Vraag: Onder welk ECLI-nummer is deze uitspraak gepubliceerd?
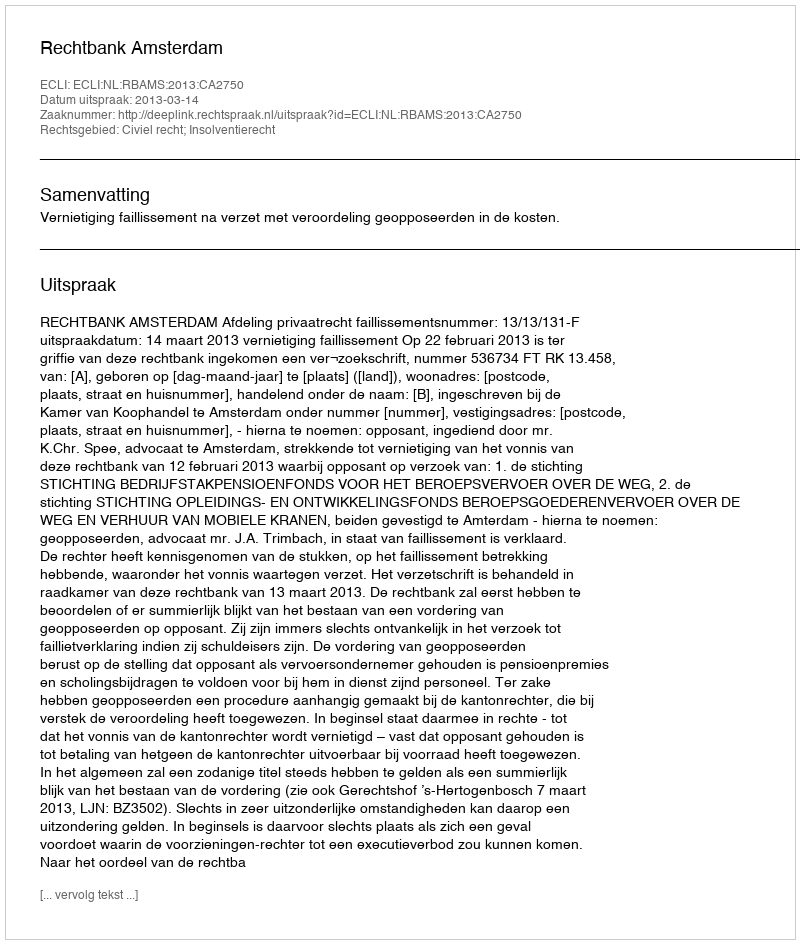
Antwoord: ECLI:NL:RBAMS:2013:CA2750